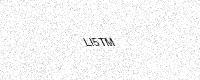
Text: LI5TM